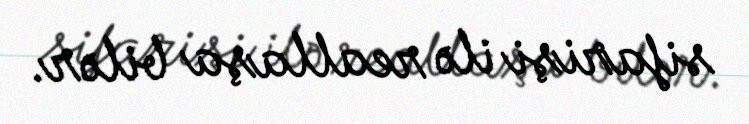
sifarişi ilə reallaşa bilər.